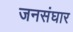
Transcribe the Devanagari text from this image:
जनसंघार